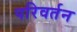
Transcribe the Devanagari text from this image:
परिवर्तन